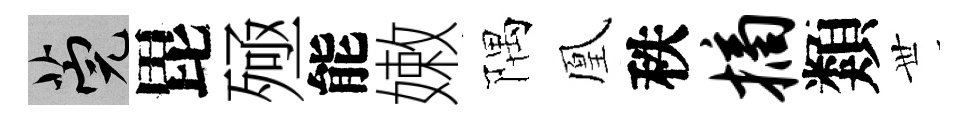
筦毘殛能嫩隅凰秩摘類𠀍